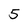
Character: 5